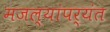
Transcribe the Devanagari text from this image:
मजल्यांपर्यंत